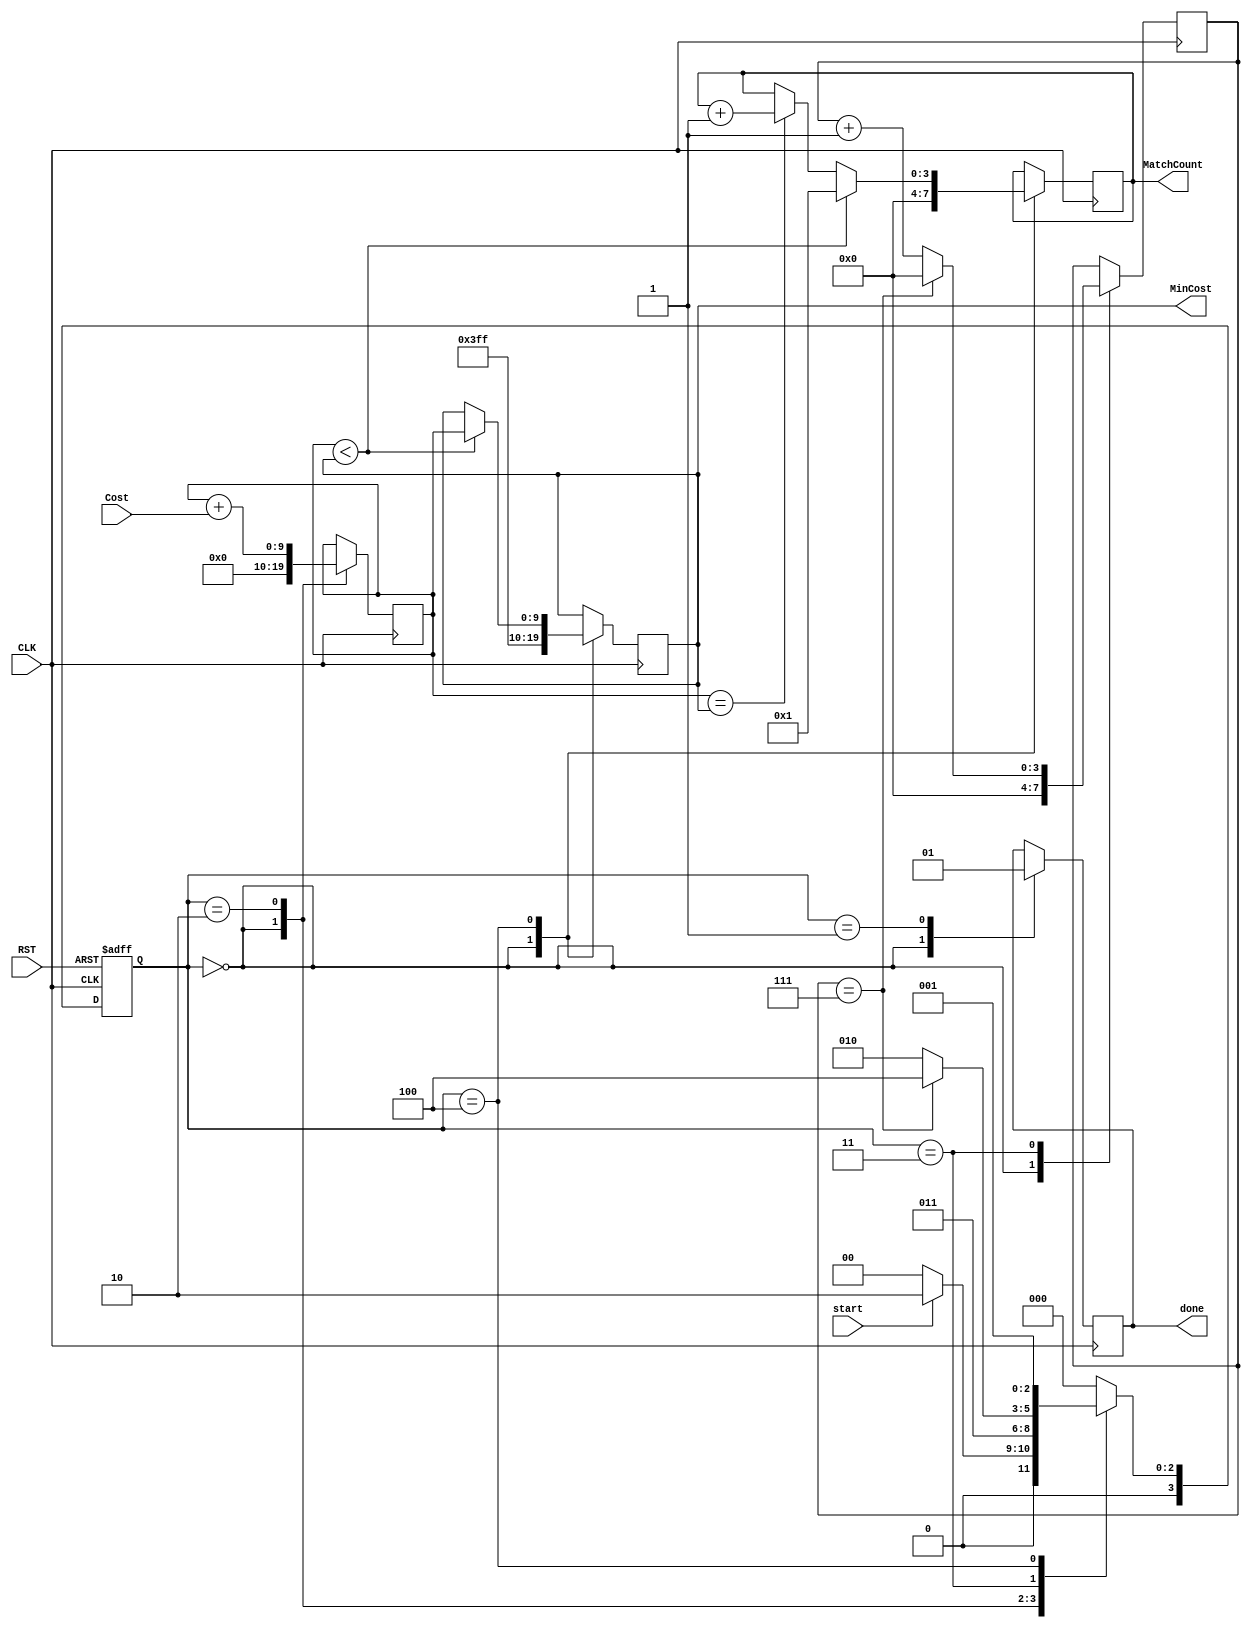
`timescale 1ns / 1ps //display in ns, precise in ps

module CalCost_2(
    input [6:0]Cost,
    input start,
    input RST,
    input CLK,
    output reg [3:0] MatchCount,
    output reg [9:0] MinCost,
    output reg done
);

localparam [3:0]IDLE = 4'd0,
                OVER = 4'd1,
                CAL_COST = 4'd2,
                FOR_I = 4'd3,
                CAL_MIN = 4'd4;


//variable definition str----------------------------
reg [3:0]curr_state;
reg [3:0]next_state;

reg [9:0]total_cost;
reg [3:0]i;
//variable definition end----------------------------

//ALU sharing str----------------------------------

//ALU sharing end----------------------------------

//state control str----------------------------------
always @(posedge CLK or posedge RST) begin
    if(RST)curr_state <= IDLE;
    else curr_state <= next_state;
end

always @(*) begin
    case(curr_state)
        IDLE:begin
            if (start) next_state = CAL_COST;
            else next_state = IDLE;
        end
        CAL_COST:begin
            next_state = FOR_I;
        end
        FOR_I:begin
            if (i == 7) next_state = CAL_MIN;
            else next_state = CAL_COST;
        end
        CAL_MIN:begin
            next_state = OVER;
        end
        OVER:begin
            next_state = IDLE;
        end
        default: next_state = IDLE;
    endcase
end
//state control end----------------------------------

//RTL operation str----------------------------------
always @(posedge CLK) begin
    case(curr_state)
        IDLE:begin
            MinCost      <= 10'd1023;
            MatchCount   <= 4'd0;
            total_cost   <= 10'd0;
            i            <= 4'd0;
            done         <= 1'd0;
        end
        CAL_COST:begin
            total_cost <= total_cost + {3'd0, Cost};
        end
        FOR_I:begin
            if (i == 7) i <= 4'd0;
            else i <= i + 4'd1;
        end
        CAL_MIN:begin
            if (total_cost < MinCost) begin
                MatchCount <= 4'd1;
                MinCost    <= total_cost;
            end
            else if (total_cost == MinCost)begin
                MatchCount <= MatchCount + 4'd1;
            end
        end
        OVER:begin
            done <= 1'd1;
        end
    endcase
end
//RTL operation end----------------------------------

endmodule